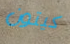
كيتون